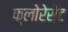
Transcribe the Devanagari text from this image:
फ्लोरेसेंट